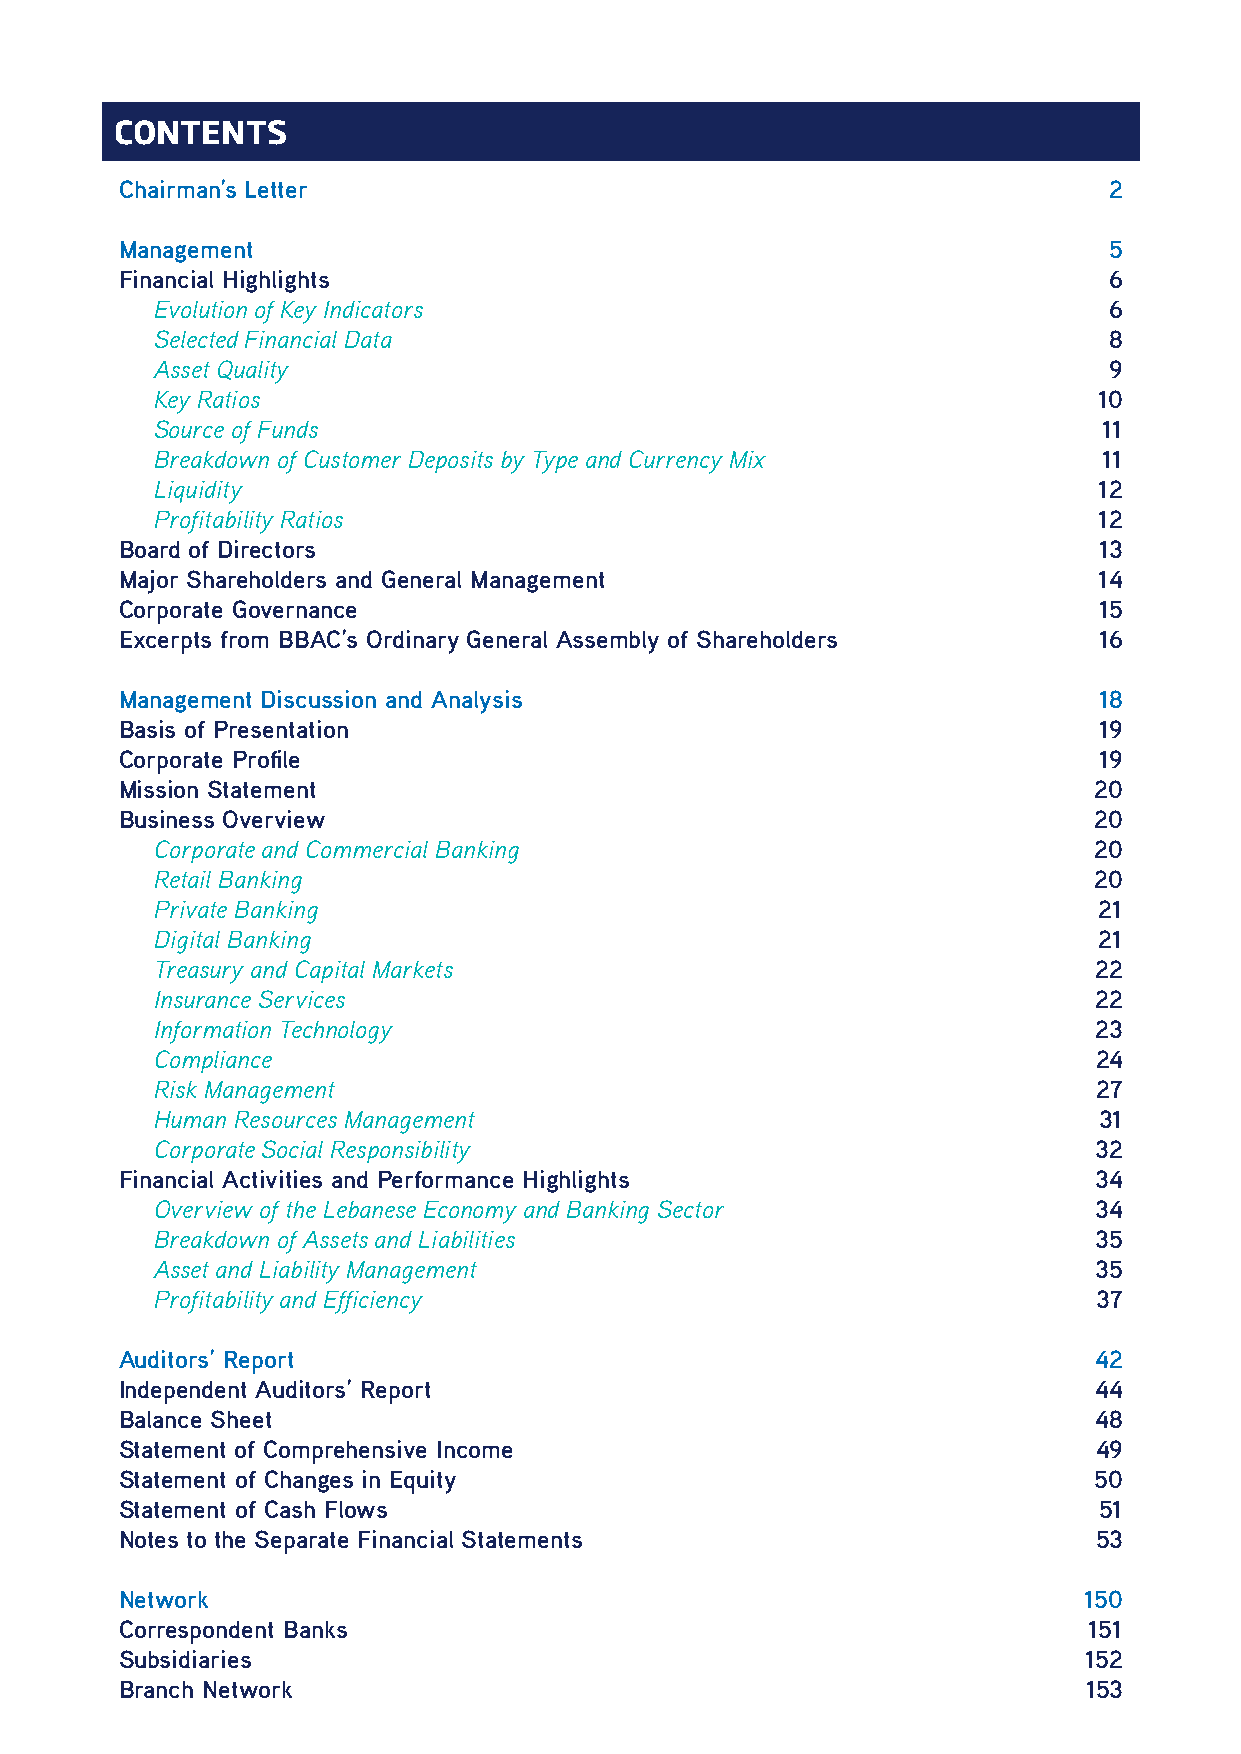
CONTENTS
 Chairman’s Letter                                                2
 Management                                                       5
 Financial Highlights                                             6
 Evolution of Key Indicators                                    6
 Selected Financial Data                                        8
 Asset Quality                                                  9
 Key Ratios                                                     10
 Source of Funds                                                11
 Breakdown of Customer Deposits by Type and Currency Mix        11
 Liquidity                                                      12
 Profitability Ratios                                           12
 Board of Directors                                               13
 Major Shareholders and General Management                        14
 Corporate Governance                                             15
 Excerpts from BBAC’s Ordinary General Assembly of Shareholders   16
 Management Discussion and Analysis                               18
 Basis of Presentation                                            19
 Corporate Profile                                                19
 Mission Statement                                               20
 Business Overview                                               20
 Corporate and Commercial Banking                              20
 Retail Banking                                                20
 Private Banking                                                21
 Digital Banking                                                21
 Treasury and Capital Markets                                  22
 Insurance Services                                            22
 Information Technology                                        23
 Compliance                                                     24
 Risk Management                                                27
 Human Resources Management                                     31
 Corporate Social Responsibility                               32
 Financial Activities and Performance Highlights                 34
 Overview of the Lebanese Economy and Banking Sector           34
 Breakdown of Assets and Liabilities                           35
 Asset and Liability Management                                35
 Profitability and Efficiency                                   37
 Auditors’ Report                                                42
 Independent Auditors’ Report                                    44
 Balance Sheet                                                   48
 Statement of Comprehensive Income                               49
 Statement of Changes in Equity                                  50
 Statement of Cash Flows                                          51
 Notes to the Separate Financial Statements                       53
 Network                                                         150
 Correspondent Banks                                             151
 Subsidiaries                                                    152
 Branch Network                                                  153